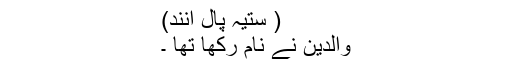
( ستیہ پال آنند)
والدین نے نام رکھا تھا ۔